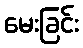
မေးခြင်း